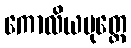
ကောလိယပုတ္တေ